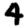
Digit: 4